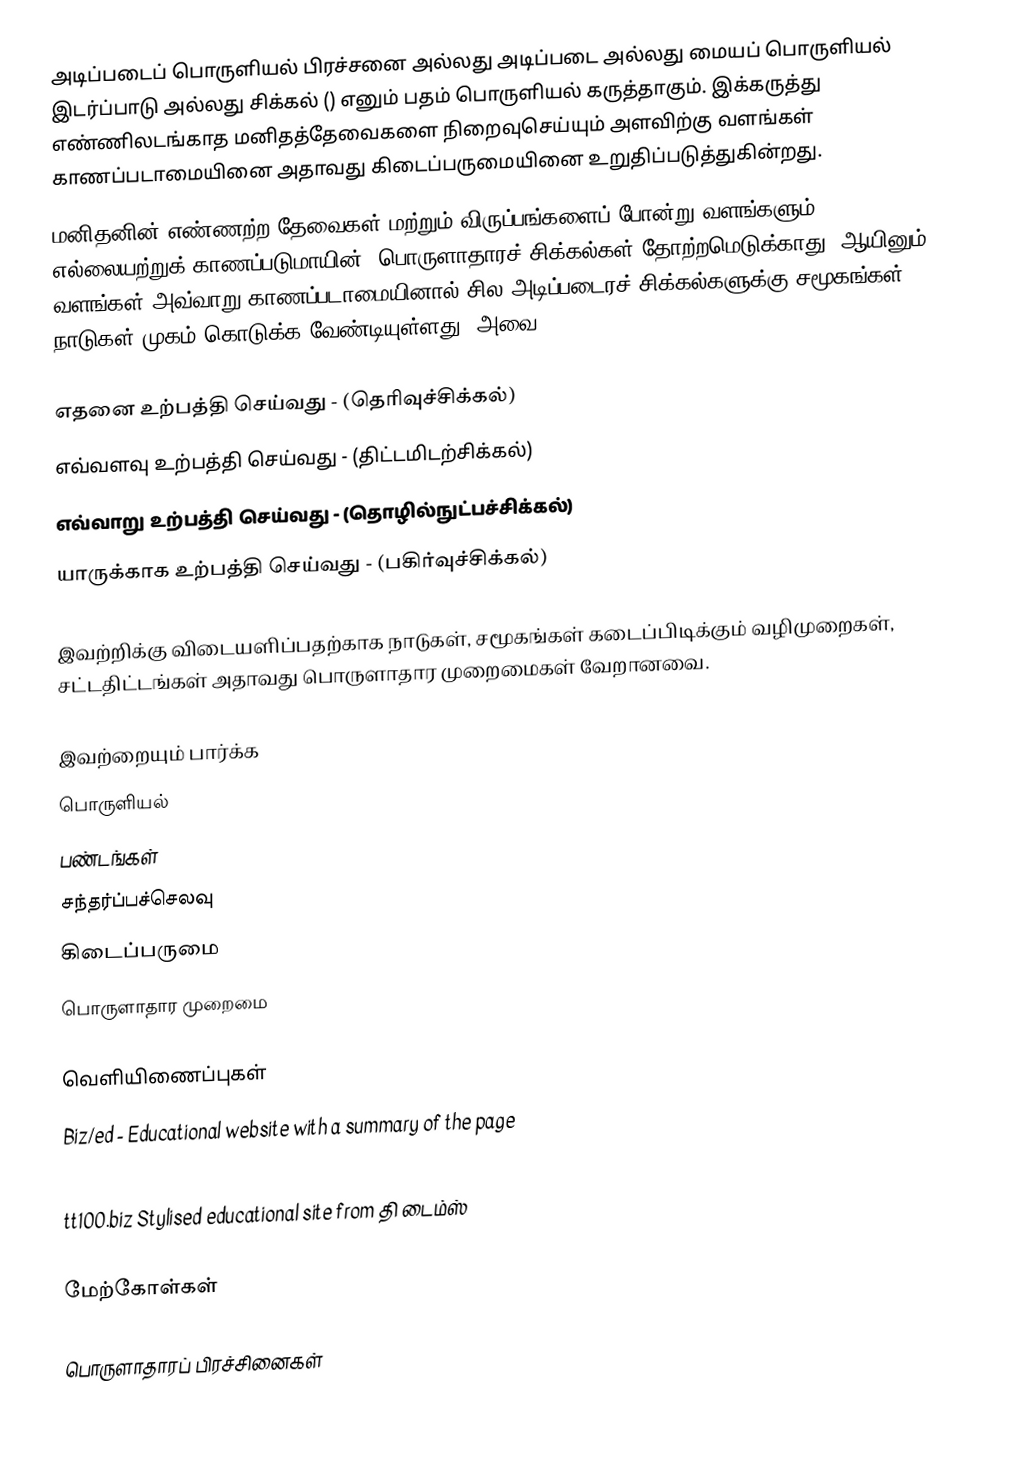
அடிப்படைப் பொருளியல் பிரச்சனை அல்லது அடிப்படை அல்லது மையப் பொருளியல் இடர்ப்பாடு அல்லது சிக்கல் () எனும் பதம் பொருளியல் கருத்தாகும். இக்கருத்து எண்ணிலடங்காத மனிதத்தேவைகளை நிறைவுசெய்யும் அளவிற்கு வளங்கள் காணப்படாமையினை அதாவது கிடைப்பருமையினை உறுதிப்படுத்துகின்றது.
மனிதனின் எண்ணற்ற தேவைகள் மற்றும் விருப்பங்களைப் போன்று வளங்களும் எல்லையற்றுக் காணப்படுமாயின், பொருளாதாரச் சிக்கல்கள் தோற்றமெடுக்காது. ஆயினும் வளங்கள் அவ்வாறு காணப்படாமையினால் சில அடிப்படைரச் சிக்கல்களுக்கு சமூகங்கள், நாடுகள் முகம் கொடுக்க வேண்டியுள்ளது. அவை

 எதனை உற்பத்தி செய்வது - (தெரிவுச்சிக்கல்)
 எவ்வளவு உற்பத்தி செய்வது - (திட்டமிடற்சிக்கல்)
 எவ்வாறு உற்பத்தி செய்வது - (தொழில்நுட்பச்சிக்கல்)
 யாருக்காக உற்பத்தி செய்வது - (பகிர்வுச்சிக்கல்)

இவற்றிக்கு விடையளிப்பதற்காக நாடுகள், சமூகங்கள் கடைப்பிடிக்கும் வழிமுறைகள், சட்டதிட்டங்கள் அதாவது பொருளாதார முறைமைகள் வேறானவை.

இவற்றையும் பார்க்க
 பொருளியல்
 பண்டங்கள்
 சந்தர்ப்பச்செலவு
 கிடைப்பருமை
 பொருளாதார முறைமை

வெளியிணைப்புகள்
Biz/ed  - Educational website with a summary of the page
Basic Economic Concepts - Vocabulary list
tt100.biz  Stylised educational site from தி டைம்ஸ்

மேற்கோள்கள்

பொருளாதாரப் பிரச்சினைகள்